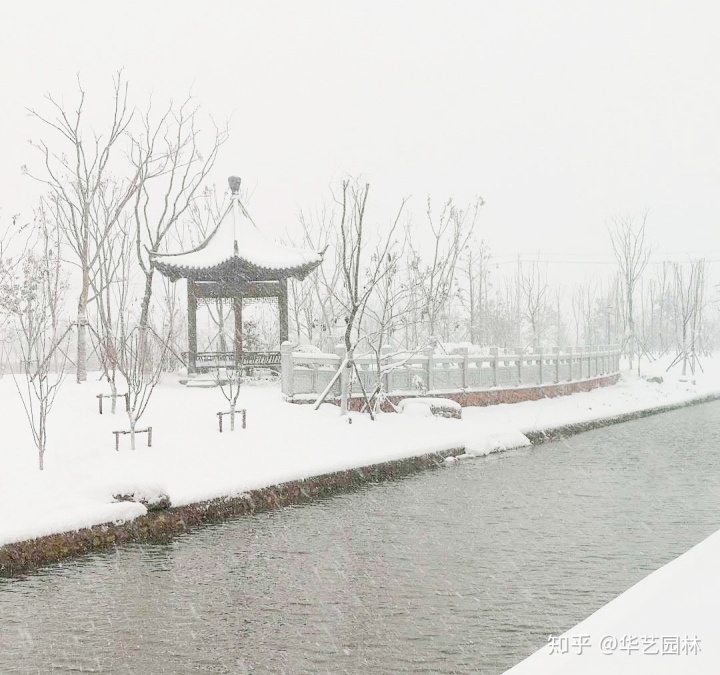
问弄雪飘枝，无双亭上，何日重游。